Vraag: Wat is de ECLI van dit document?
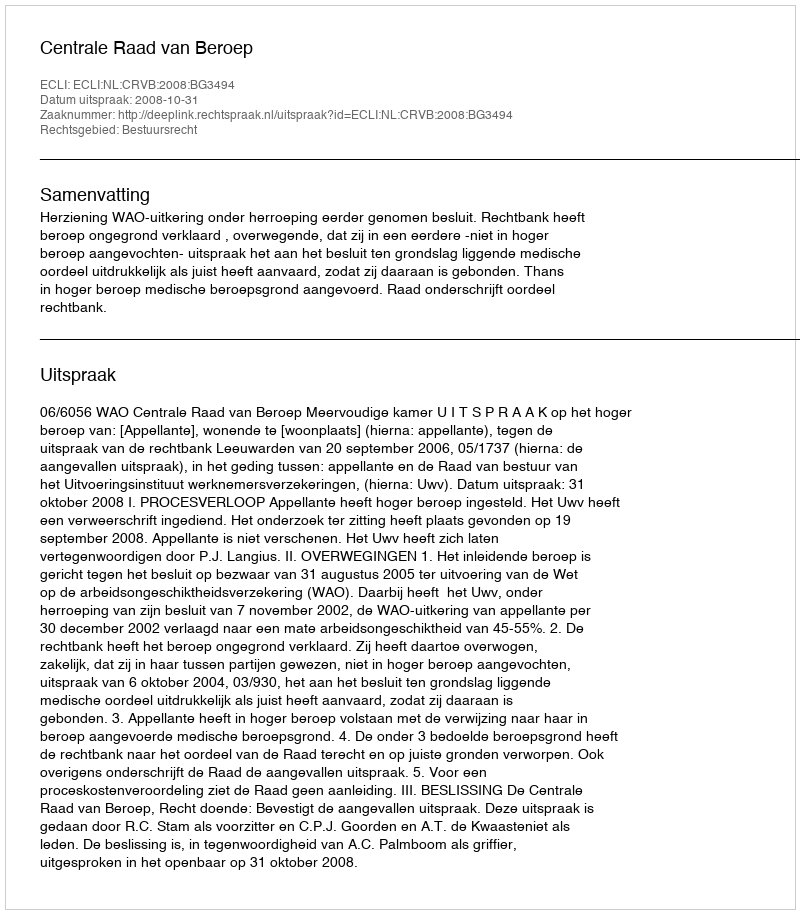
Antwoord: ECLI:NL:CRVB:2008:BG3494